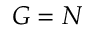
G = N